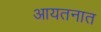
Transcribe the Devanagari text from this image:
आयतनात